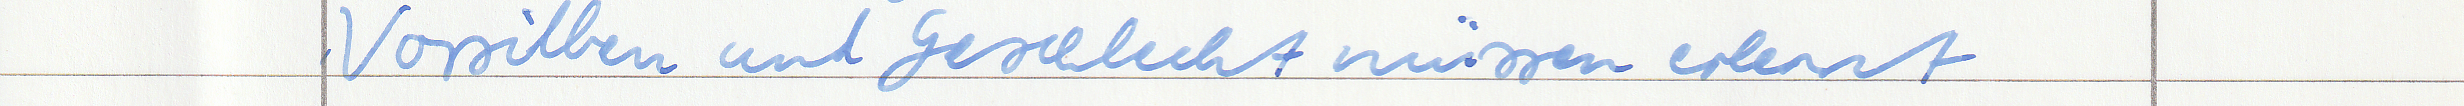
Vorsilben und Geschlecht müssen erlernt